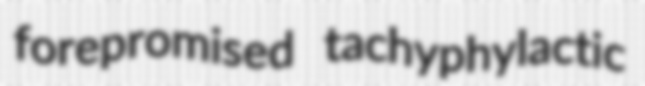
forepromised tachyphylactic